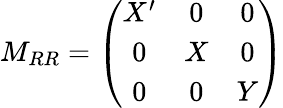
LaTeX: M_{RR}=\left(\begin{array}{ccc}{{X^{\prime}}}&{{0}}&{{0}}\\ {{0}}&{{X}}&{{0}}\\ {{0}}&{{0}}&{{Y}}\end{array}\right)